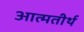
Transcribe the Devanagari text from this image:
आत्मतीर्थ